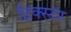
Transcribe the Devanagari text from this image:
ट्रिक्स्टर